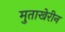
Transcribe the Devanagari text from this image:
मुताखेरीन